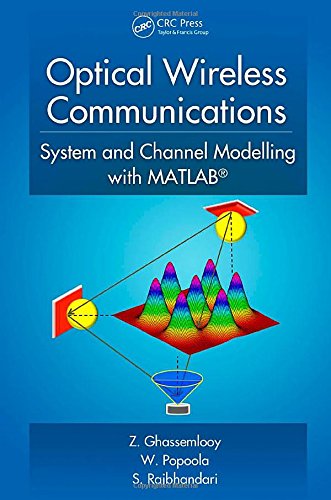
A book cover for Optical Wireless Communications: System and Channel Modelling with MATLABÂ®; Z. Ghassemlooy; Science & Math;